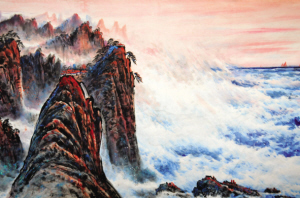
长江巨浪征人泪，一夜西风共白头。